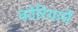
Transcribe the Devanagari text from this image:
कोरियामें